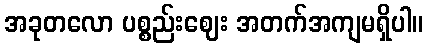
အခုတလော ပစ္စည်းဈေး အတက်အကျမရှိပါ။